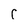
Character: r